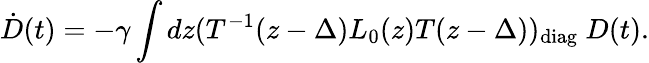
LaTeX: \dot{D}(t)=-\gamma\int dz(T^{-1}(z-\Delta)L_{0}(z)T(z-\Delta))_{\mathrm{diag}}~D(t).